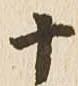
十